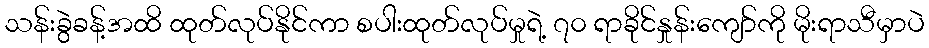
သန်းခွဲခန့်အထိ ထုတ်လုပ်နိုင်ကာ စပါးထုတ်လုပ်မှုရဲ့ ၇၀ ရာခိုင်နှုန်းကျော်ကို မိုးရာသီမှာပဲ